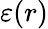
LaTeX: \varepsilon(r)